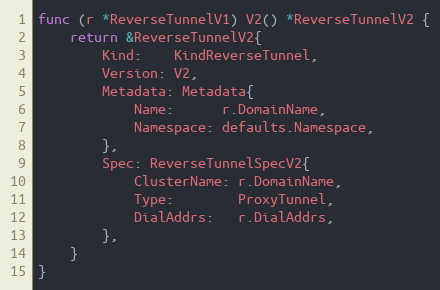
Language: Go
func (r *ReverseTunnelV1) V2() *ReverseTunnelV2 {
	return &ReverseTunnelV2{
		Kind:    KindReverseTunnel,
		Version: V2,
		Metadata: Metadata{
			Name:      r.DomainName,
			Namespace: defaults.Namespace,
		},
		Spec: ReverseTunnelSpecV2{
			ClusterName: r.DomainName,
			Type:        ProxyTunnel,
			DialAddrs:   r.DialAddrs,
		},
	}
}